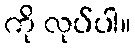
ကို လုပ်ပါ။